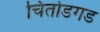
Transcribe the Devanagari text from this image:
चितोडगड